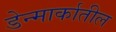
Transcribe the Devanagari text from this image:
डेन्मार्कातील